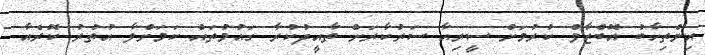
އިންތިހާބު އޮބްޒާވް ކުރުމަށް ސީރިއާ ސަރުކާރަށް ތާއީދުކުރާ ގައުމުތައް ކަމަށްވާ އުތުރު ކޮރެއާ